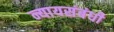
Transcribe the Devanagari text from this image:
न्यायसंबंधी